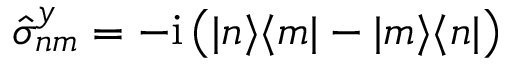
\hat { \sigma } _ { n m } ^ { y } = - \mathrm { i } \left( | n \rangle \langle m | - | m \rangle \langle n | \right)